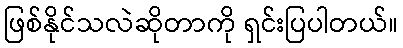
ဖြစ်နိုင်သလဲဆိုတာကို ရှင်းပြပါတယ်။